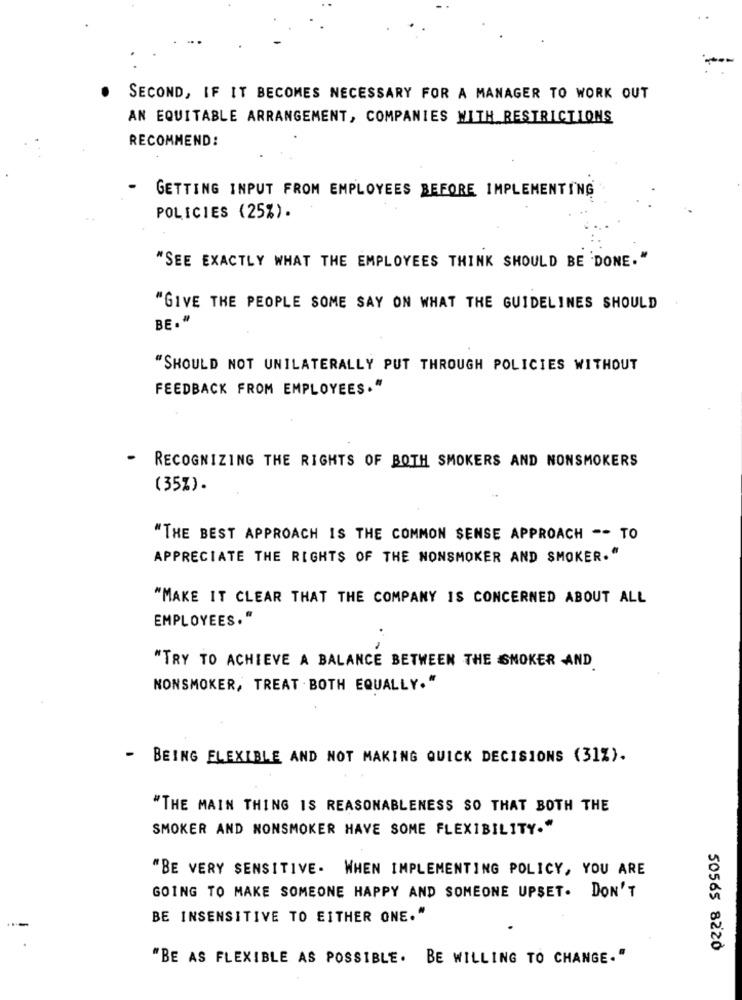
SECOND, IF IT BECOMES NECESSARY FOR A MANAGER TO WORK OUT
AN EQUITABLE ARRANGEMENT, COMPANIES WITH RESTRICTIONS
RECOMMEND:
GETTING INPUT FROM EMPLOYEES BEFORE IMPLEMENTING
POLICIES (25% ).
"SEE EXACTLY WHAT THE EMPLOYEES THINK SHOULD BE DONE."
"GIVE THE PEOPLE SOME SAY ON WHAT THE GUIDELINES SHOULD
BE."
"SHOULD NOT UNILATERALLY PUT THROUGH POLICIES WITHOUT
FEEDBACK FROM EMPLOYEES."
RECOGNIZING THE RIGHTS OF BOTH SMOKERS AND NONSMOKERS
(35%).
"THE BEST APPROACH IS THE COMMON SENSE APPROACH -- TO
APPRECIATE THE RIGHTS OF THE NONSMOKER AND SMOKER."
"MAKE IT CLEAR THAT THE COMPANY IS CONCERNED ABOUT ALL
EMPLOYEES."
"TRY TO ACHIEVE A BALANCE BETWEEN THE SNOKER AND
NONSMOKER, TREAT . BOTH EQUALLY."
- BEING FLEXIBLE AND NOT MAKING QUICK DECISIONS (31%).
"THE MAIN THING IS REASONABLENESS SO THAT BOTH THE
SMOKER AND NONSMOKER HAVE SOME FLEXIBILITY."
"BE VERY SENSITIVE. WHEN IMPLEMENTING POLICY, YOU ARE
GOING TO MAKE SOMEONE HAPPY AND SOMEONE UPSET. DON'T
BE INSENSITIVE TO EITHER ONE."
50565 8220
"BE AS FLEXIBLE AS POSSIBLE. BE WILLING TO CHANGE."